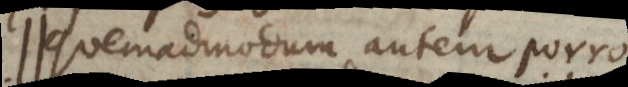
Quemadmodum autem porro